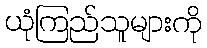
ယုံကြည်သူများကို